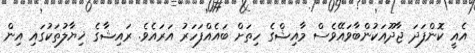
އެއީ ކޮންފަދަ ޖާދޫއަކުންބާވައޭވެސް މާއިޝްގެ ހިތަށް ބައެއްފަހަރު އަރައެވެ. ރައިޝާގެ ޚިޔާލުތަކުގައި އިން